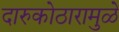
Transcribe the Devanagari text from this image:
दारुकोठारामुळे